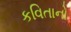
કવિતાનો